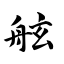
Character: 舷